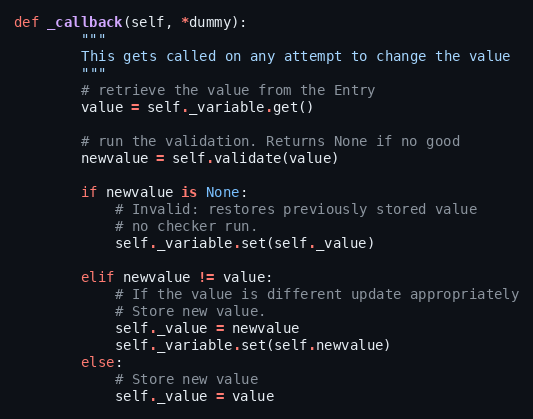
Language: Python
def _callback(self, *dummy):
        """
        This gets called on any attempt to change the value
        """
        # retrieve the value from the Entry
        value = self._variable.get()

        # run the validation. Returns None if no good
        newvalue = self.validate(value)

        if newvalue is None:
            # Invalid: restores previously stored value
            # no checker run.
            self._variable.set(self._value)

        elif newvalue != value:
            # If the value is different update appropriately
            # Store new value.
            self._value = newvalue
            self._variable.set(self.newvalue)
        else:
            # Store new value
            self._value = value